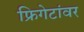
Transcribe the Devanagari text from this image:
फ्रिगेटांवर